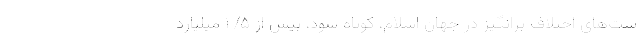
ست‌های اختلاف برانگیز در جهان اسلام، کوتاه شود، بیش از ۵/ ۱ میلیارد